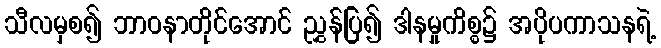
သီလမှစ၍ ဘာဝနာတိုင်အောင် ညွှန်ပြ၍ ဒါနမှုကိစ္စ၌ အပိုပကာသနရဲ့